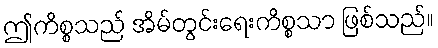
ဤကိစ္စသည် အိမ်တွင်းရေးကိစ္စသာ ဖြစ်သည်။